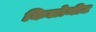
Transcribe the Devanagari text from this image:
किलोमीट